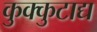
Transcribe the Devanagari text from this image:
कुक्कुटाद्य